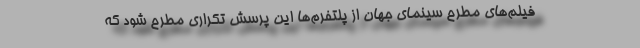
فیلم‌های مطرح سینمای جهان از پلتفرم‌ها این پرسش تکراری مطرح شود که